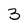
Character: 3